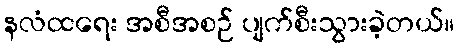
နလံထရေး အစီအစဉ် ပျက်စီးသွားခဲ့တယ်။